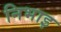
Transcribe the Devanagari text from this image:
निभाइ